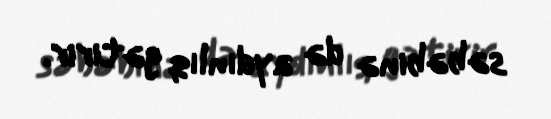
səbəbinə də aydınlıq gətirir.